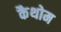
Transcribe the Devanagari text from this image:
कैथोम